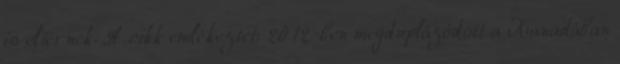
is eltérnek. A cikk emlékeztet: 2012-ben megduplázódott a Kanadában